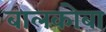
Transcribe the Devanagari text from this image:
बालकोबा